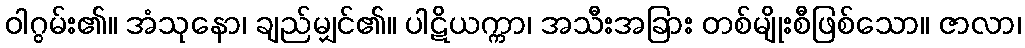
ဝါဂွမ်း၏။ အံသုနော၊ ချည်မျှင်၏။ ပါဋိယက္ကာ၊ အသီးအခြား တစ်မျိုးစီဖြစ်သော။ ဇာလာ၊